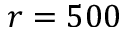
r = 5 0 0